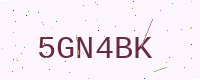
Text: 5GN4BK